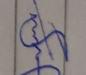
Signature authenticity: genuine